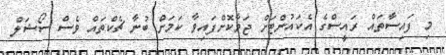
މި ފައިސާތައް ރައީސްގެ އެކައުންޓަށް ޖަމާކޮށްފައިވާ ކަމަށް ބުނާ ޗެކްތައް ވެސް ސޯޝަލް